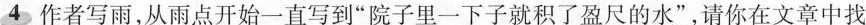
4 作者写雨，从雨点开始一直写到“院子里一下子就积了盈尺的水”，请你在文章中找